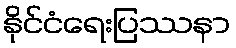
နိုင်ငံရေးပြဿနာ